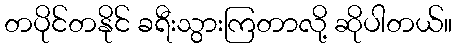
တပိုင်တနိုင် ခရီးသွားကြတာလို့ ဆိုပါတယ်။